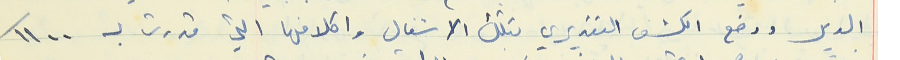
الدير ووضع الكشف التقديري بتلك الاشغال واكلافها التي قدرت بـ ١١٠٠/